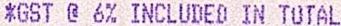
*GST @ 6% INCLUDED IN TOTAL